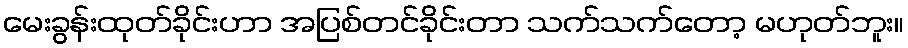
မေးခွန်းထုတ်ခိုင်းဟာ အပြစ်တင်ခိုင်းတာ သက်သက်တော့ မဟုတ်ဘူး။